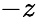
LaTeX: -z